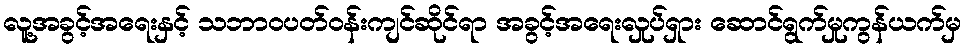
လူ့အခွင့်အရေးနှင့် သဘာဝပတ်ဝန်းကျင်ဆိုင်ရာ အခွင့်အရေးလှုပ်ရှား ဆောင်ရွက်မှုကွန်ယက်မှ